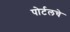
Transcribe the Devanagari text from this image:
पोर्टलचे